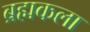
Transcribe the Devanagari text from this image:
ब्रह्मकला